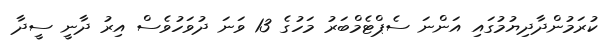
ކުރަމުންދާދިޔުމުގައި އަންނަ ސެޕްޓެމްބަރު މަހުގެ 13 ވަނަ ދުވަހުވެސް އިރު ދާނީ ސީދާ